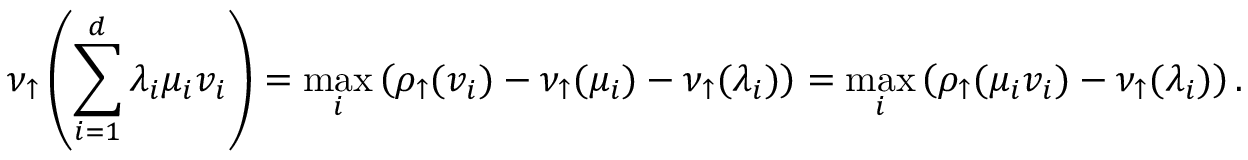
\nu _ { \uparrow } \left( \sum _ { i = 1 } ^ { d } \lambda _ { i } \mu _ { i } v _ { i } \right) = \operatorname* { m a x } _ { i } \left( \rho _ { \uparrow } ( v _ { i } ) - \nu _ { \uparrow } ( \mu _ { i } ) - \nu _ { \uparrow } ( \lambda _ { i } ) \right) = \operatorname* { m a x } _ { i } \left( \rho _ { \uparrow } ( \mu _ { i } v _ { i } ) - \nu _ { \uparrow } ( \lambda _ { i } ) \right) .